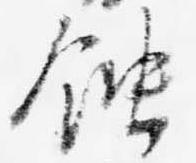
蝕